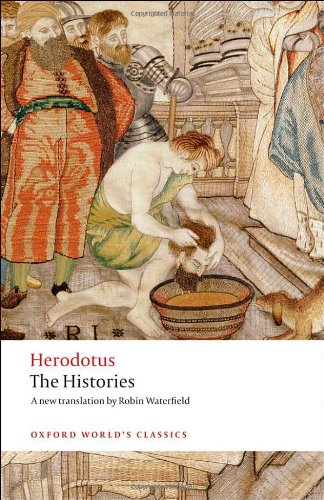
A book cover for The Histories (Oxford World's Classics); Herodotus; History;